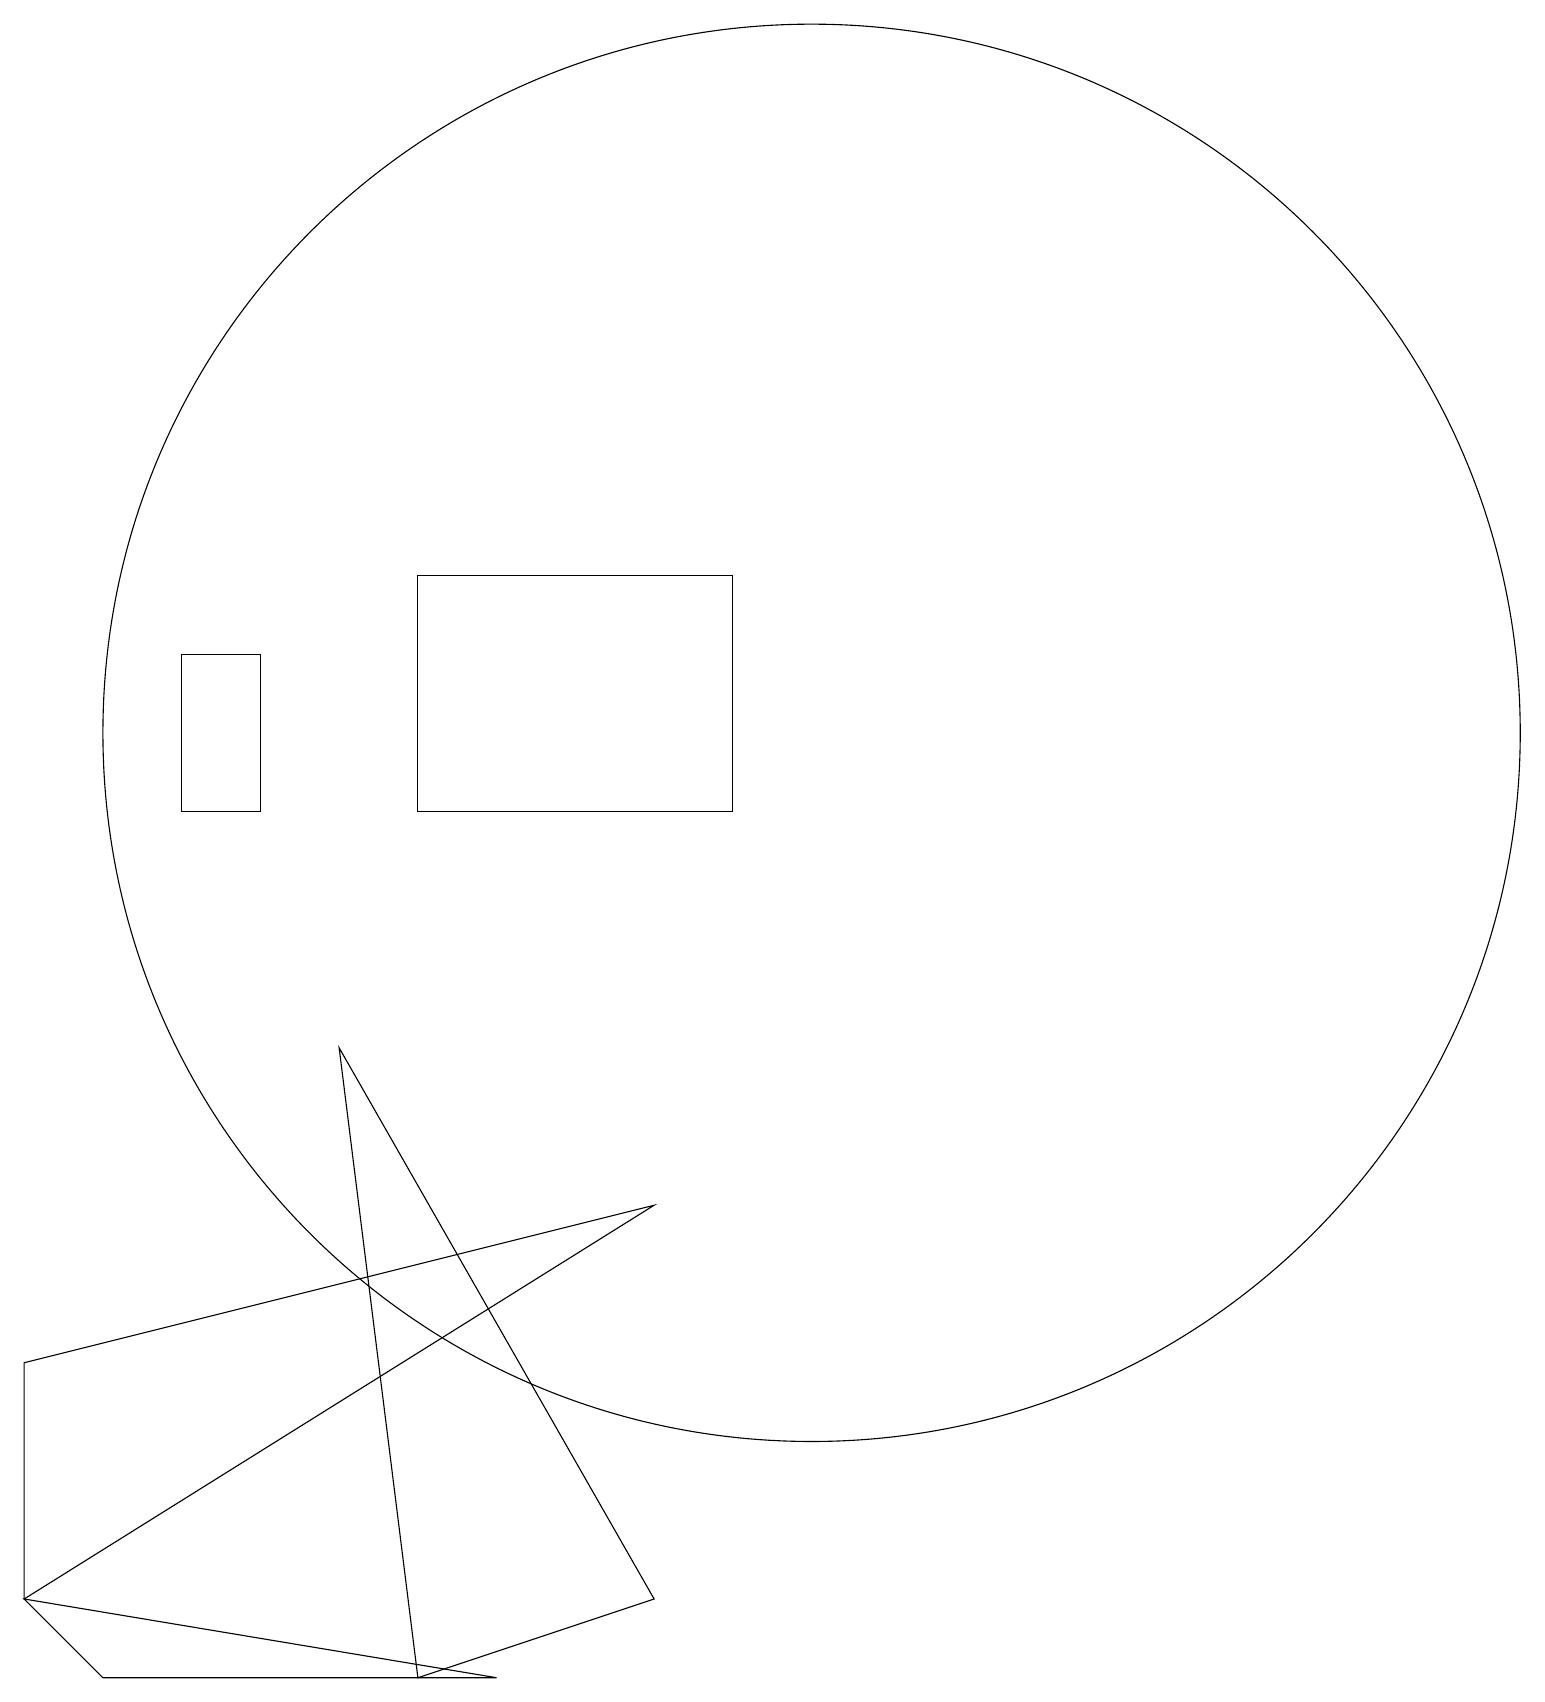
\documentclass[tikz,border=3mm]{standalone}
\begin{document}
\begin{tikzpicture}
\draw (10,12) circle (9);
\draw (6,0) -- (0,1) -- (1,0) -- cycle;
\draw (5,0) -- (4,8) -- (8,1) -- cycle;
\draw (9,11) rectangle (5,14);
\draw (2,11) rectangle (3,13);
\draw (0,4) -- (8,6) -- (0,1) -- cycle;
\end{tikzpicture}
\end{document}